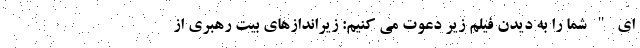
ای " شما را به دیدن فیلم زیر دعوت می کنیم: زیراندازهای بیت رهبری از